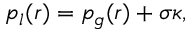
p _ { l } ( r ) = p _ { g } ( r ) + \sigma \kappa ,